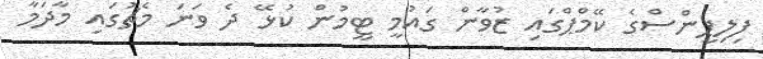
ފިލިޕީންސްގެ ކޭމްޕްގައި ޒުވާން ގައުމީ ޓީމުން ކުޅޭ ދެ ވަނަ މެޗުގައި މާދަމާ